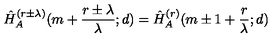
\hat { H } _ { A } ^ { ( r \pm \lambda ) } ( m + \frac { r \pm \lambda } { \lambda } ; d ) = \hat { H } _ { A } ^ { ( r ) } ( m \pm 1 + \frac { r } { \lambda } ; d )